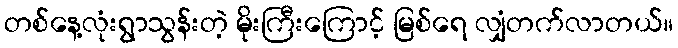
တစ်နေ့လုံးရွာသွန်းတဲ့ မိုးကြီးကြောင့် မြစ်ရေ လျှံတက်လာတယ်။